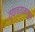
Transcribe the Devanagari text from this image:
त्याच्यामागून